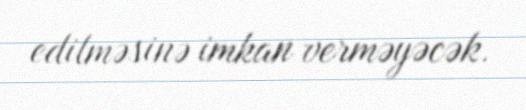
edilməsinə imkan verməyəcək.